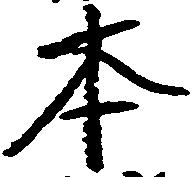
本